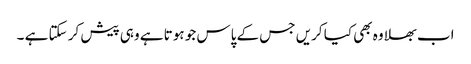
اب بھلا وہ بھی کیا کریں جس کے پاس جو ہوتا ہے وہی پیش کر سکتا ہے ۔